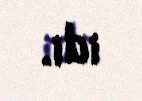
idi.